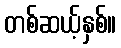
တစ်ဆယ့်နှစ်။